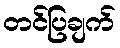
တင်ပြချက်